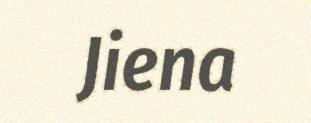
Jiena